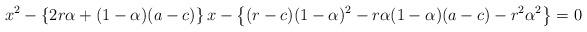
LaTeX: \begin{align*} x^2 -\left\lbrace 2r\alpha+(1-\alpha)(a-c) \right\rbrace x -\left\lbrace (r-c)(1-\alpha)^2-r\alpha (1-\alpha)(a-c)-r^2\alpha^2 \right\rbrace =0 \end{align*}